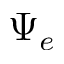
\Psi _ { e }